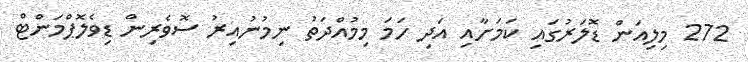
272 މިލިއަން ޑޮލަރުގައި ކަމަށާއި އަދި ހަމަ މިމުއްދަތު ނިމުނުއިރު ސޮވެރިން ޑިވެލޮޕްމަންޓް